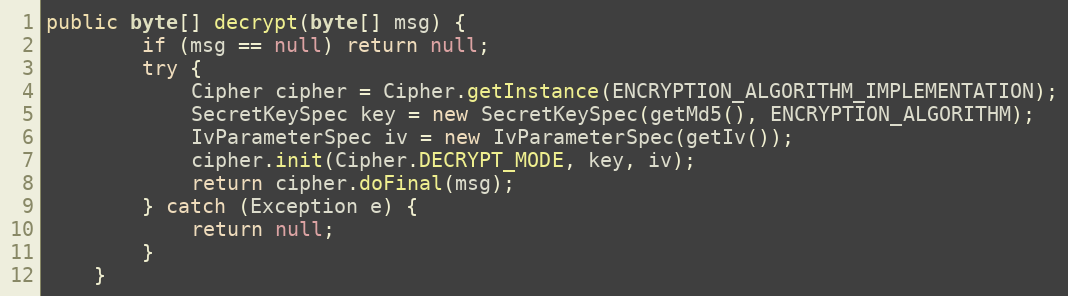
Language: Java
public byte[] decrypt(byte[] msg) {
        if (msg == null) return null;
        try {
            Cipher cipher = Cipher.getInstance(ENCRYPTION_ALGORITHM_IMPLEMENTATION);
            SecretKeySpec key = new SecretKeySpec(getMd5(), ENCRYPTION_ALGORITHM);
            IvParameterSpec iv = new IvParameterSpec(getIv());
            cipher.init(Cipher.DECRYPT_MODE, key, iv);
            return cipher.doFinal(msg);
        } catch (Exception e) {
            return null;
        }
    }